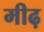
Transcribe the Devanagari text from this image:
मीढ़